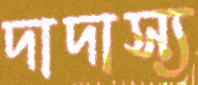
দাদাস্য